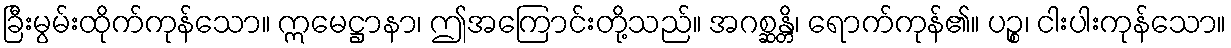
ခြီးမွမ်းထိုက်ကုန်သော။ ဣမေဋ္ဌာနာ၊ ဤအကြောင်းတို့သည်။ အဂစ္ဆန္တိ၊ ရောက်ကုန်၏။ ပဉ္စ၊ ငါးပါးကုန်သော။